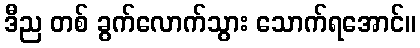
ဒီည တစ် ခွက်လောက်သွား သောက်ရအောင်။